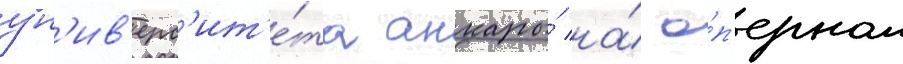
ун'ив'ерс'ит'е́та анкары́ на́ о́п'ерном